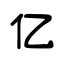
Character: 亿